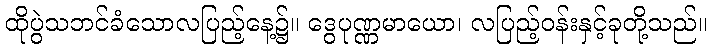
ထိုပွဲသဘင်ခံသောလပြည့်နေ့၌။ ဒွေပုဏ္ဏမာယော၊ လပြည့်ဝန်းနှင့်ခုတို့သည်။